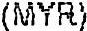
(MYR)